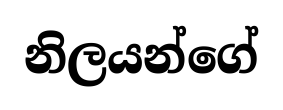
නිලයන්ගේ